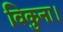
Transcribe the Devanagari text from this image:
विकुना।